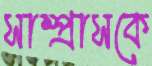
সাম্প্রাসকে